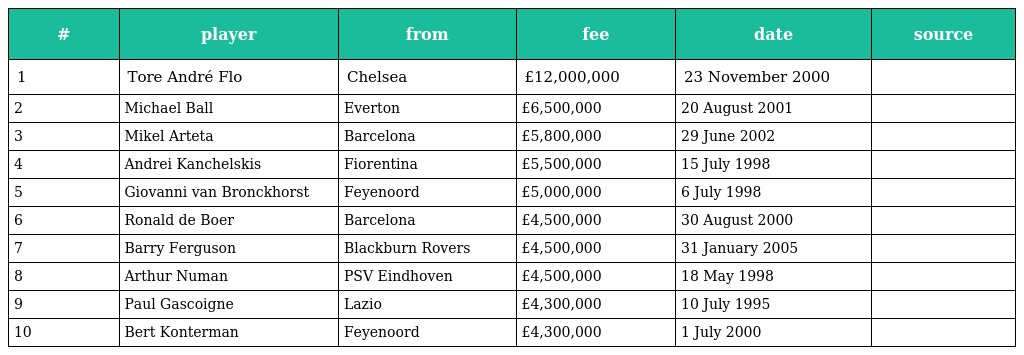
| # | player | from | fee | date | source |
 | --- | --- | --- | --- | --- | --- |
 | 1 | Tore André Flo | Chelsea | £12,000,000 | 23 November 2000 |  |
 | 2 | Michael Ball | Everton | £6,500,000 | 20 August 2001 |  |
 | 3 | Mikel Arteta | Barcelona | £5,800,000 | 29 June 2002 |  |
 | 4 | Andrei Kanchelskis | Fiorentina | £5,500,000 | 15 July 1998 |  |
 | 5 | Giovanni van Bronckhorst | Feyenoord | £5,000,000 | 6 July 1998 |  |
 | 6 | Ronald de Boer | Barcelona | £4,500,000 | 30 August 2000 |  |
 | 7 | Barry Ferguson | Blackburn Rovers | £4,500,000 | 31 January 2005 |  |
 | 8 | Arthur Numan | PSV Eindhoven | £4,500,000 | 18 May 1998 |  |
 | 9 | Paul Gascoigne | Lazio | £4,300,000 | 10 July 1995 |  |
 | 10 | Bert Konterman | Feyenoord | £4,300,000 | 1 July 2000 |  |